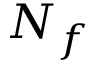
N _ { f }